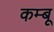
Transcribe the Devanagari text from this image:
कम्बू